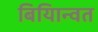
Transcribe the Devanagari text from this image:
बियािन्वत